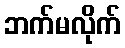
ဘက်မလိုက်